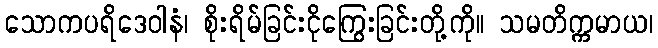
သောကပရိဒေဝါနံ၊ စိုးရိမ်ခြင်းငိုကြွေးခြင်းတို့ကို။ သမတိက္ကမာယ၊